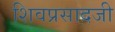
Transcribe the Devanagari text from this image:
शिवप्रसादजी